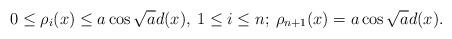
LaTeX: \begin{align*}0\leq \rho_i(x)\leq a\cos \sqrt{a}d(x),\:1\leq i\leq n;\:\rho_{n+1}(x)=a\cos \sqrt{a}d(x).\end{align*}